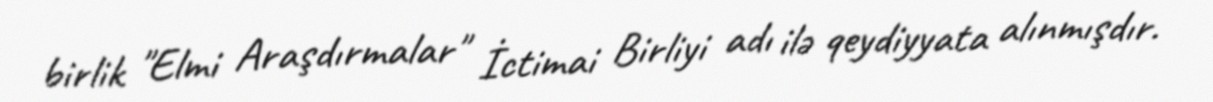
birlik "Elmi Araşdırmalar" İctimai Birliyi adı ilə qeydiyyata alınmışdır.